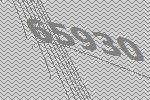
65930